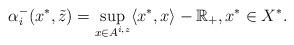
LaTeX: \begin{align*} \alpha_i^-(x^\ast,\tilde{z})=\sup_{x \in A^{i,z}} \langle x^\ast, x\rangle-\mathbb{R}_+, x^\ast \in X^\ast. \end{align*}